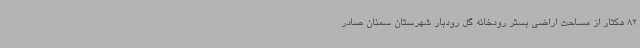
82 هکتار از مساحت اراضی بستر رودخانه گل رودبار شهرستان سمنان صادر